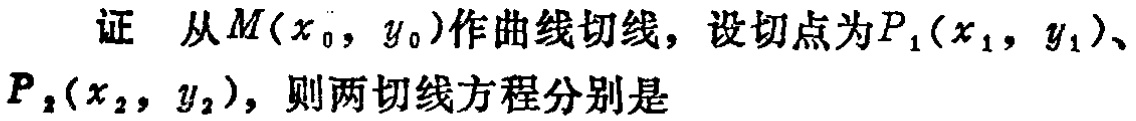
证 从\(M(x_{0},y_{0})\)作曲线切线，设切点为\(P_{1}(x_{1},y_{1})\)、\(P_{2}(x_{2},y_{2})\)，则两切线方程分别是